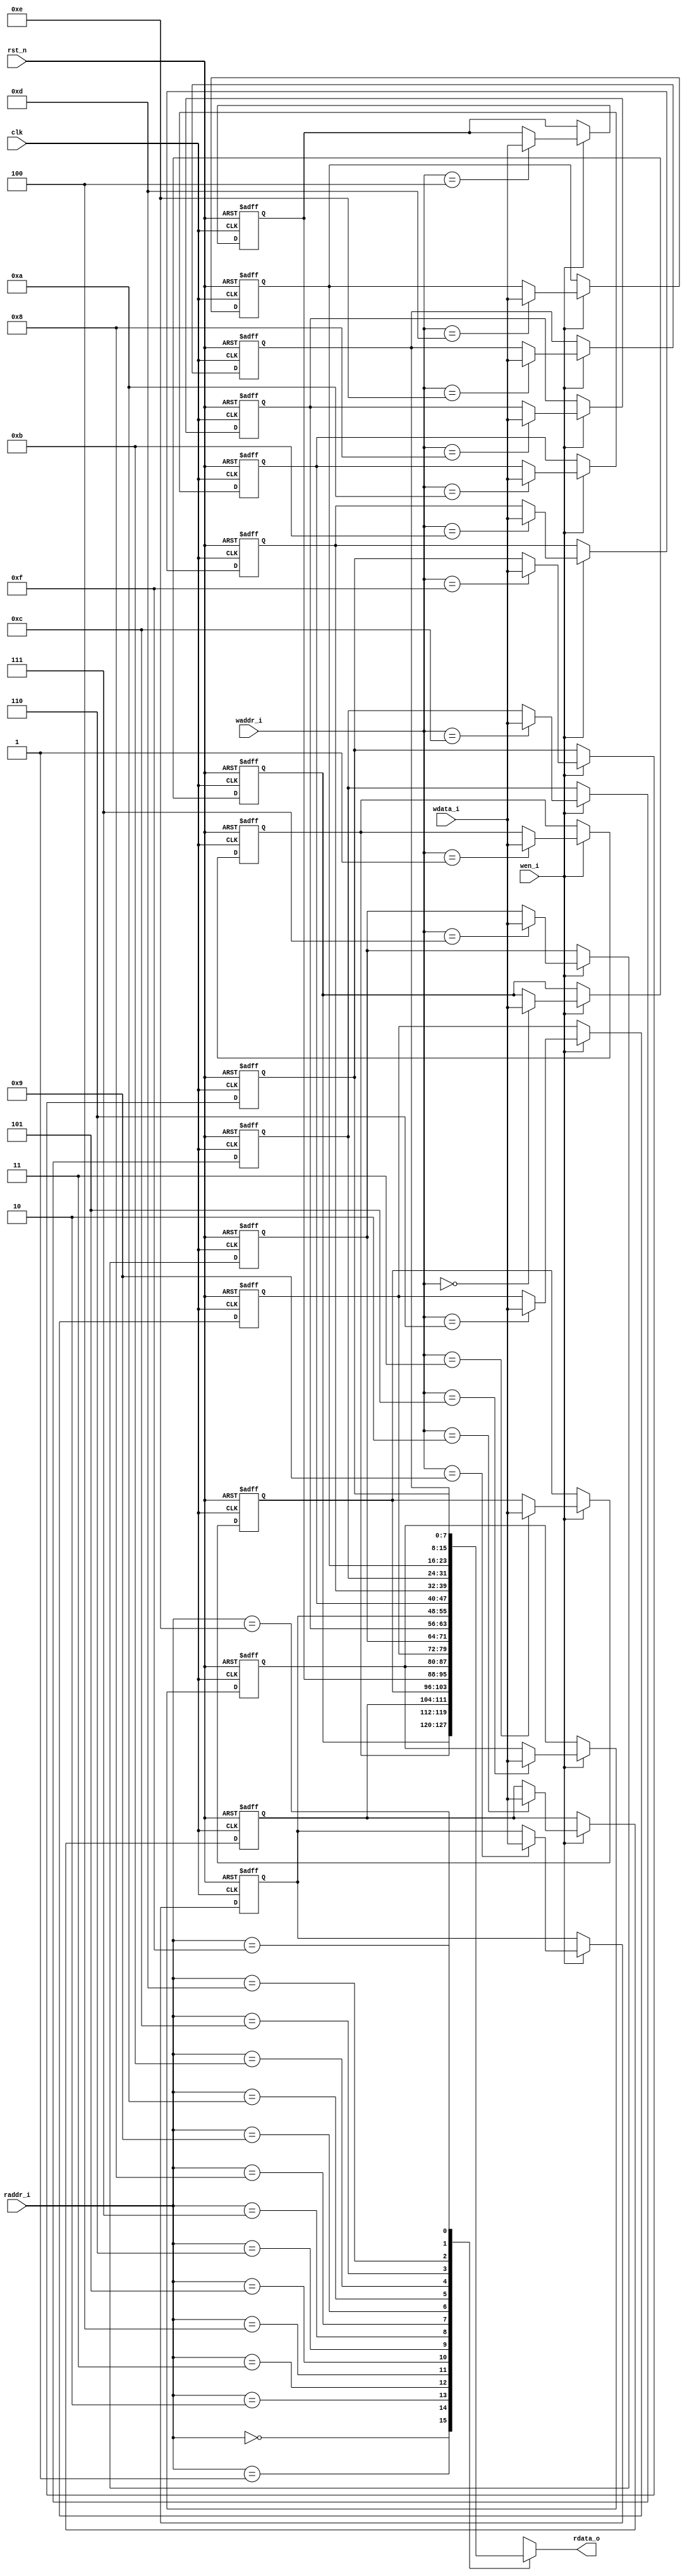
/*++
//  Description : Synchronous FIFO memory
--*/

`timescale 1ns/10fs

module bbfifo_16x8_mem (
  input                clk  ,
  input                rst_n,   
  
  input                wen_i   , 
  input   [7:0]        wdata_i , 
  input   [3:0]        waddr_i , 
  input   [3:0]        raddr_i , 
  output reg  [7:0]    rdata_o  
);
  //fifo memory registers
  reg  [7:0]       mregs0 ;
  reg  [7:0]       mregs1 ;
  reg  [7:0]       mregs2 ;
  reg  [7:0]       mregs3 ;  
  reg  [7:0]       mregs4 ;
  reg  [7:0]       mregs5 ;  
  reg  [7:0]       mregs6 ;
  reg  [7:0]       mregs7 ;  
  reg  [7:0]       mregs8 ;
  reg  [7:0]       mregs9 ;
  reg  [7:0]       mregsa ;
  reg  [7:0]       mregsb ;  
  reg  [7:0]       mregsc ;
  reg  [7:0]       mregsd ;  
  reg  [7:0]       mregse ;
  reg  [7:0]       mregsf ;
  
  //read fifo memory
  always @(*) begin
    case (raddr_i[3:0])                        
      4'h0 :  rdata_o = mregs0 ;            
      4'h1 :  rdata_o = mregs1 ;            
      4'h2 :  rdata_o = mregs2 ;            
      4'h3 :  rdata_o = mregs3 ;            
      4'h4 :  rdata_o = mregs4 ;            
      4'h5 :  rdata_o = mregs5 ;            
      4'h6 :  rdata_o = mregs6 ;            
      4'h7 :  rdata_o = mregs7 ;            
      4'h8 :  rdata_o = mregs8 ;            
      4'h9 :  rdata_o = mregs9 ;            
      4'ha :  rdata_o = mregsa ;            
      4'hb :  rdata_o = mregsb ;            
      4'hc :  rdata_o = mregsc ;            
      4'hd :  rdata_o = mregsd ;            
      4'he :  rdata_o = mregse ;            
      4'hf :  rdata_o = mregsf ;            
    endcase                                    
  end  

  //write fifo
  always @(posedge clk or negedge rst_n) begin
    if(!rst_n) begin
      mregs0  <= 8'h0 ;            
      mregs1  <= 8'h0 ;            
      mregs2  <= 8'h0 ;            
      mregs3  <= 8'h0 ;            
      mregs4  <= 8'h0 ;            
      mregs5  <= 8'h0 ;            
      mregs6  <= 8'h0 ;            
      mregs7  <= 8'h0 ;            
      mregs8  <= 8'h0 ;            
      mregs9  <= 8'h0 ;            
      mregsa  <= 8'h0 ;            
      mregsb  <= 8'h0 ;            
      mregsc  <= 8'h0 ;            
      mregsd  <= 8'h0 ;            
      mregse  <= 8'h0 ;            
      mregsf  <= 8'h0 ;                  
    end
    else if(wen_i == 1'b1) begin
      case (waddr_i[3:0])
        4'h0 :  mregs0  <= wdata_i ;
        4'h1 :  mregs1  <= wdata_i ;
        4'h2 :  mregs2  <= wdata_i ;
        4'h3 :  mregs3  <= wdata_i ;
        4'h4 :  mregs4  <= wdata_i ;
        4'h5 :  mregs5  <= wdata_i ;
        4'h6 :  mregs6  <= wdata_i ;
        4'h7 :  mregs7  <= wdata_i ;
        4'h8 :  mregs8  <= wdata_i ;
        4'h9 :  mregs9  <= wdata_i ;
        4'ha :  mregsa  <= wdata_i ;
        4'hb :  mregsb  <= wdata_i ;
        4'hc :  mregsc  <= wdata_i ;
        4'hd :  mregsd  <= wdata_i ;
        4'he :  mregse  <= wdata_i ;
        4'hf :  mregsf  <= wdata_i ;  
      endcase  
    end  
  end

endmodule